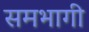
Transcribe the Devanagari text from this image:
समभागी